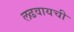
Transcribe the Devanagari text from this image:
लढवायची